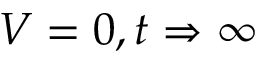
V = 0 , t \Rightarrow \infty